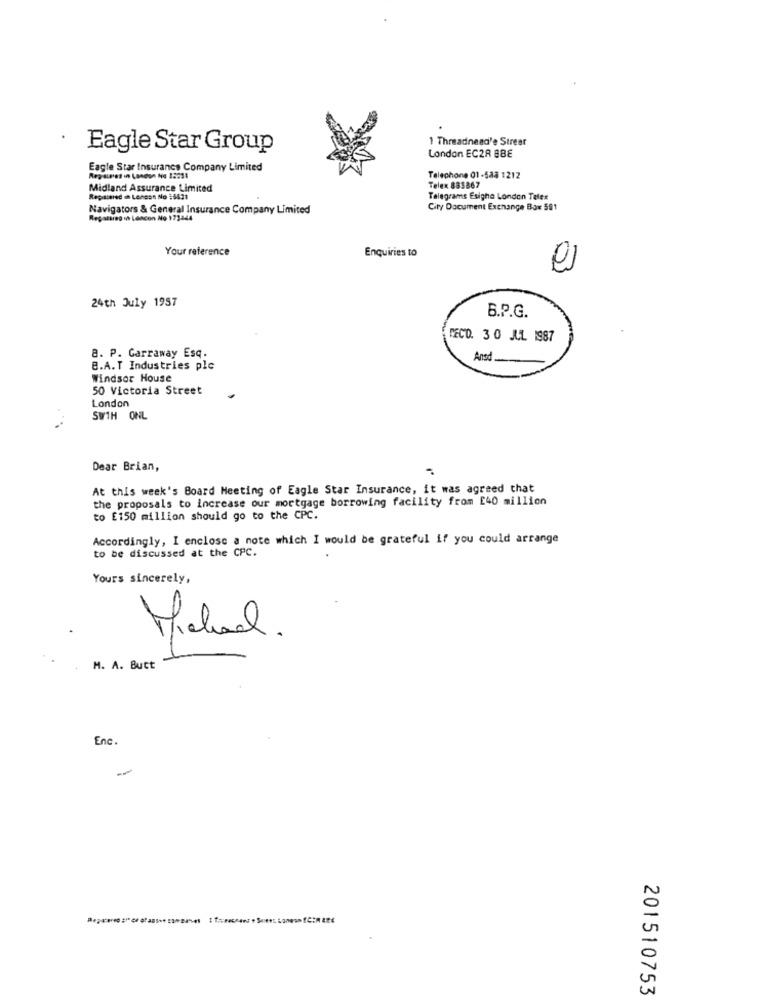
1 Threadneed'e Streer
Eagle Star Group
London EC2R 888
Eagle Star Insurance Company Limited
Reg aures in London No 12031
Telephone 01-582 1212
Midland Assurance Limited
Telex 883367
Registered in Leness No :5431
Telegrams Esigha London Telex
Navigators & General Insurance Company Limited
City Document Exchange Box 591
Regatareg . Lescon No 173244
Your reference
Enquiries to
24th July 1957
B.P.G.
DECO. 30 JUL 1987
B. P. Carraway Esq.
Ansd.
8.A.T Industries plc
Windsor House
50 Victoria Street
London
..
SW1H ONL
Dear Brian,
At this week's Board Meeting of Eagle Star Insurance, it was agreed that
the proposals to increase our mortgage borrowing facility from [40 million
to E150 million should go to the CPC.
Accordingly, I enclose a note which I would be grateful if you could arrange
to be discussed at the CPC.
Yours sincerely,
0
M. A. Butt
Enc.
201510753